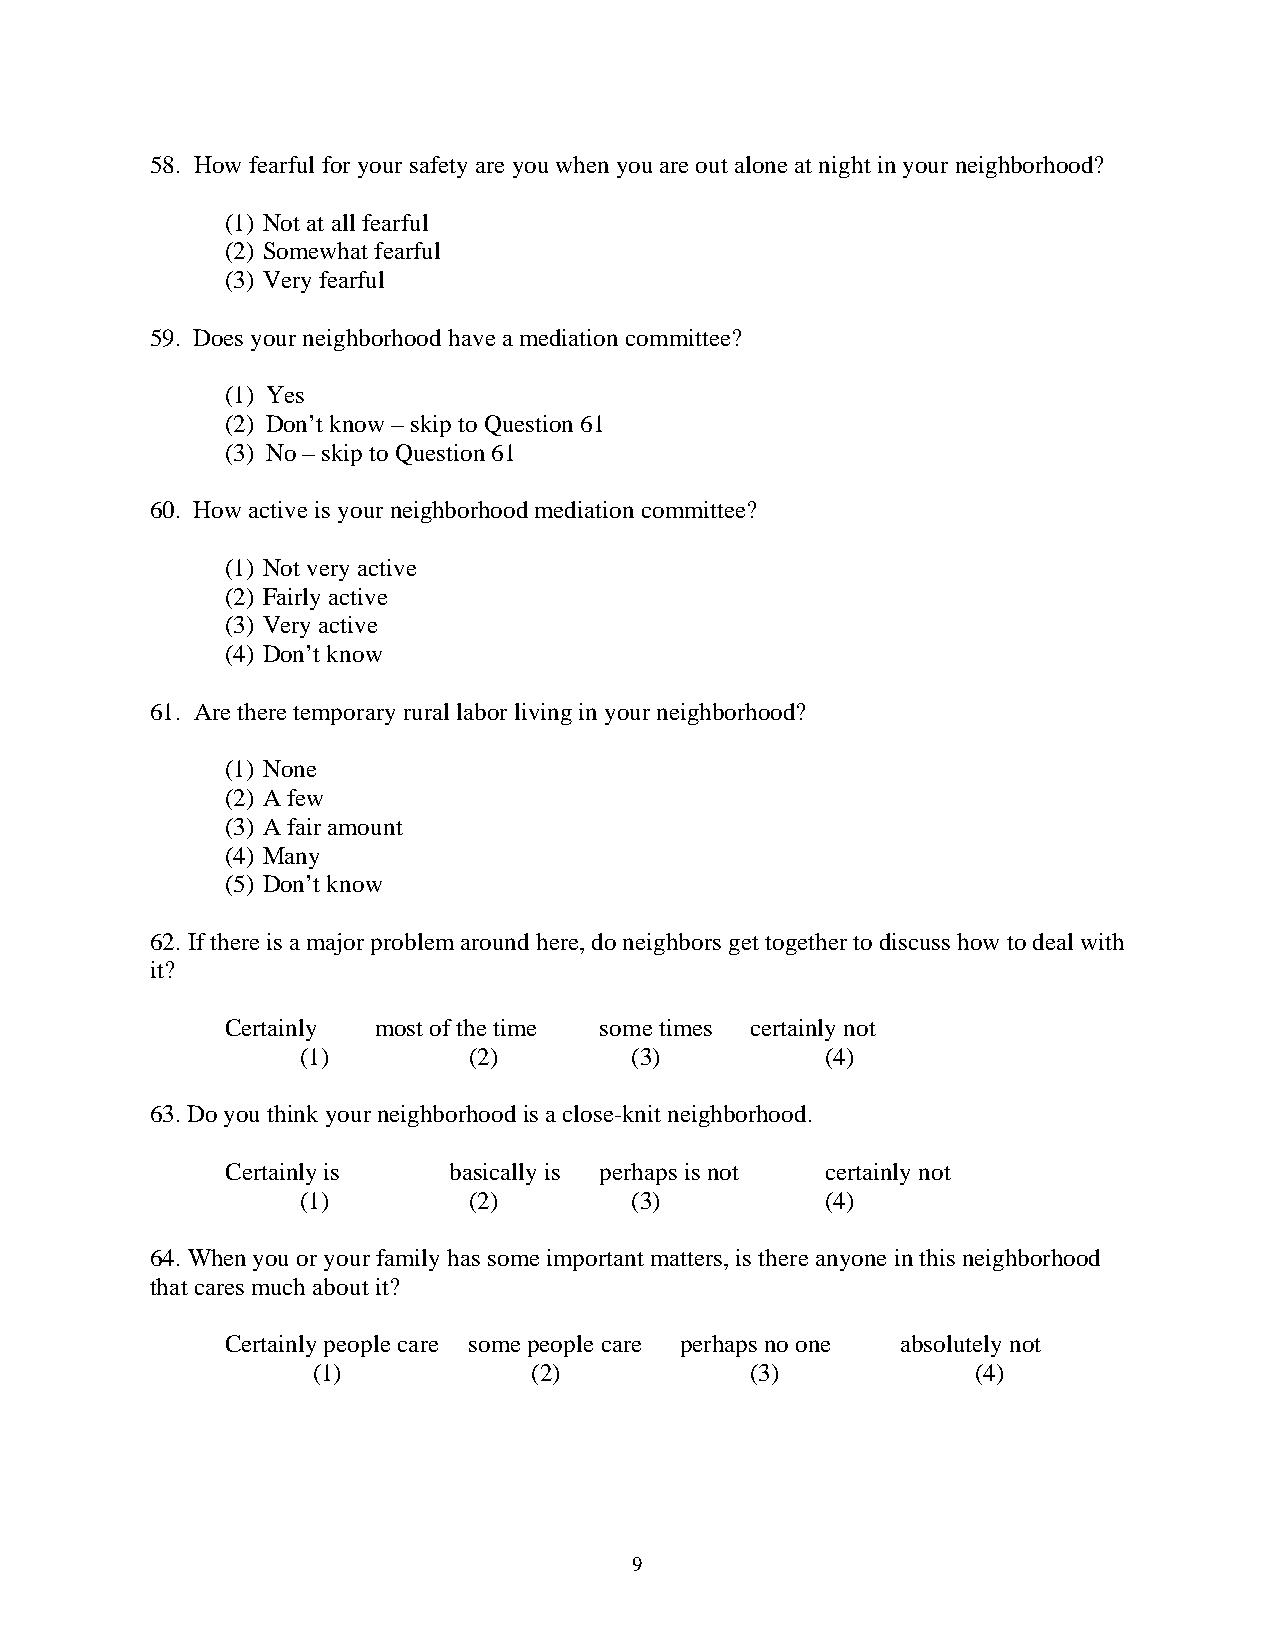
58. How fearful for your safety are you when you are out alone at night in your neighborhood?
 (1) Not at all fearful
 (2) Somewhat fearful
 (3) Very fearful
 59. Does your neighborhood have a mediation committee?
 (1) Yes
 (2) Don’t know – skip to Question 61
 (3) No – skip to Question 61
 60. How active is your neighborhood mediation committee?
 (1) Not very active
 (2) Fairly active
 (3) Very active
 (4) Don’t know
 61. Are there temporary rural labor living in your neighborhood?
 (1) None
 (2) A few
 (3) A fair amount
 (4) Many
 (5) Don’t know
 62. If there is a major problem around here, do neighbors get together to discuss how to deal with
 it?
 Certainly most of the time some times certainly not
 (1)        (2)        (3)          (4)
 63. Do you think your neighborhood is a close-knit neighborhood.
 Certainly is   basically is perhaps is not certainly not
 (1)        (2)        (3)          (4)
 64. When you or your family has some important matters, is there anyone in this neighborhood
 that cares much about it?
 Certainly people care some people care perhaps no one absolutely not
 (1)           (2)            (3)            (4)
 9